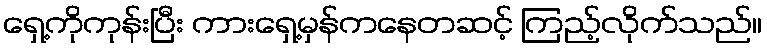
ရှေ့ကိုကုန်းပြီး ကားရှေ့မှန်ကနေတဆင့် ကြည့်လိုက်သည်။